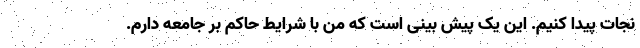
نجات پیدا کنیم. این یک پیش بینی است که من با شرایط حاکم بر جامعه دارم.